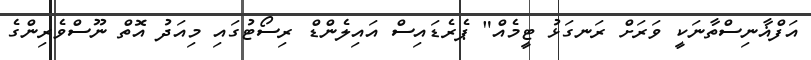
އަފްޣާނިސްތާނަކީ ވަރަށް ރަނގަޅު ޓީމެއް" ޕެރެޑައިސް އައިލެންޑް ރިސޯޓުގައި މިއަދު އޮތް ނޫސްވެރިންގެ